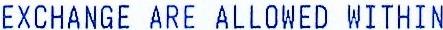
EXCHANGE ARE ALLOWED WITHIN